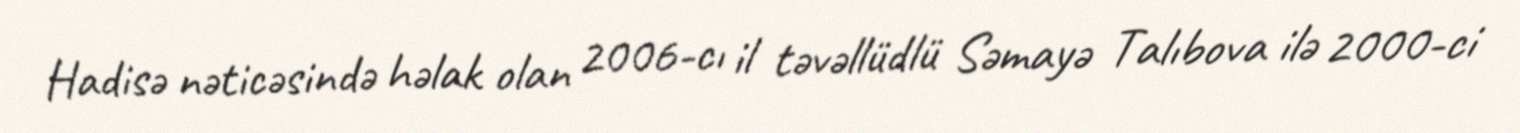
Hadisə nəticəsində həlak olan 2006-cı il təvəllüdlü Səmayə Talıbova ilə 2000-ci